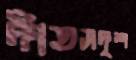
দাঁতসদৃশ